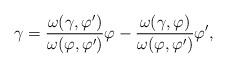
LaTeX: \begin{align*} \gamma = \frac{\omega(\gamma,\varphi')}{\omega(\varphi,\varphi')}\varphi - \frac{\omega(\gamma,\varphi)}{\omega(\varphi,\varphi')}\varphi',\end{align*}